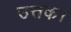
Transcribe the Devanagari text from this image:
उत्तक।